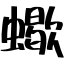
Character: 蠍